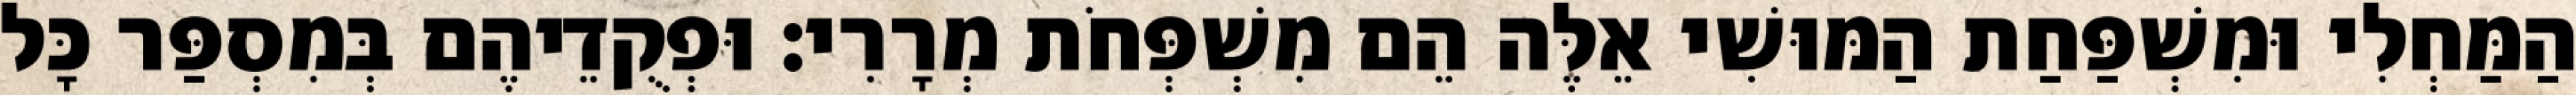
הַמַּחְלִי וּמִשְׁפַּחַת הַמּוּשִׁי אֵלֶּה הֵם מִשְׁפְּחֹת מְרָרִי׃ וּפְקֻדֵיהֶם בְּמִסְפַּר כָּל